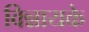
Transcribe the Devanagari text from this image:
विन्नायके